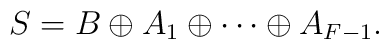
S= B \oplus A_1 \oplus \cdots \oplus A_{F-1}.